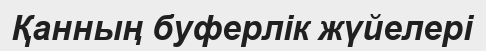
Қанның буферлік жүйелері